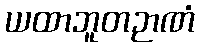
ယထာဘူတဉာဏံ